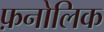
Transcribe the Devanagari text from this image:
फ़नोलिक